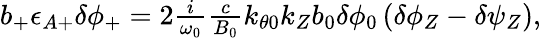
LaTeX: \begin{array}{r}{b_{+}\epsilon_{A+}\delta\phi_{+}=2\frac{i}{\omega_{0}}\frac{c}{B_{0}}k_{\theta 0}k_{Z}b_{0}\delta\phi_{0}\left(\delta\phi_{Z}-\delta\psi_{Z}\right),}\end{array}